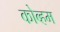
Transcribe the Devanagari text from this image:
कोब्हम